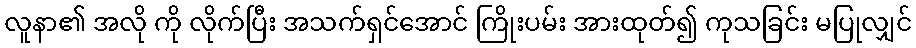
လူနာ၏ အလို ကို လိုက်ပြီး အသက်ရှင်အောင် ကြိုးပမ်း အားထုတ်၍ ကုသခြင်း မပြုလျှင်